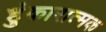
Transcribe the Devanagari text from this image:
हुंकारात्मक